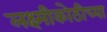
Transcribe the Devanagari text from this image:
लक्ष्मीकोठीच्या